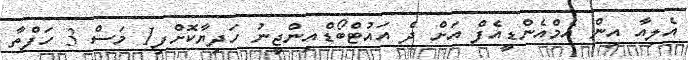
އެލިއާ އިން އެމްއެންޑީއެފް އަށް ދެ އައުޓްބޯޑްއިންޖީނު ހަދިޔާކޮށްފި1 މަސް 3 ހަފްތާ